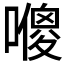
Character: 𠿬